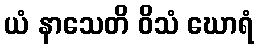
ယံ နာသေတိ ဝိသံ ဃောရံ